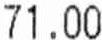
71.00